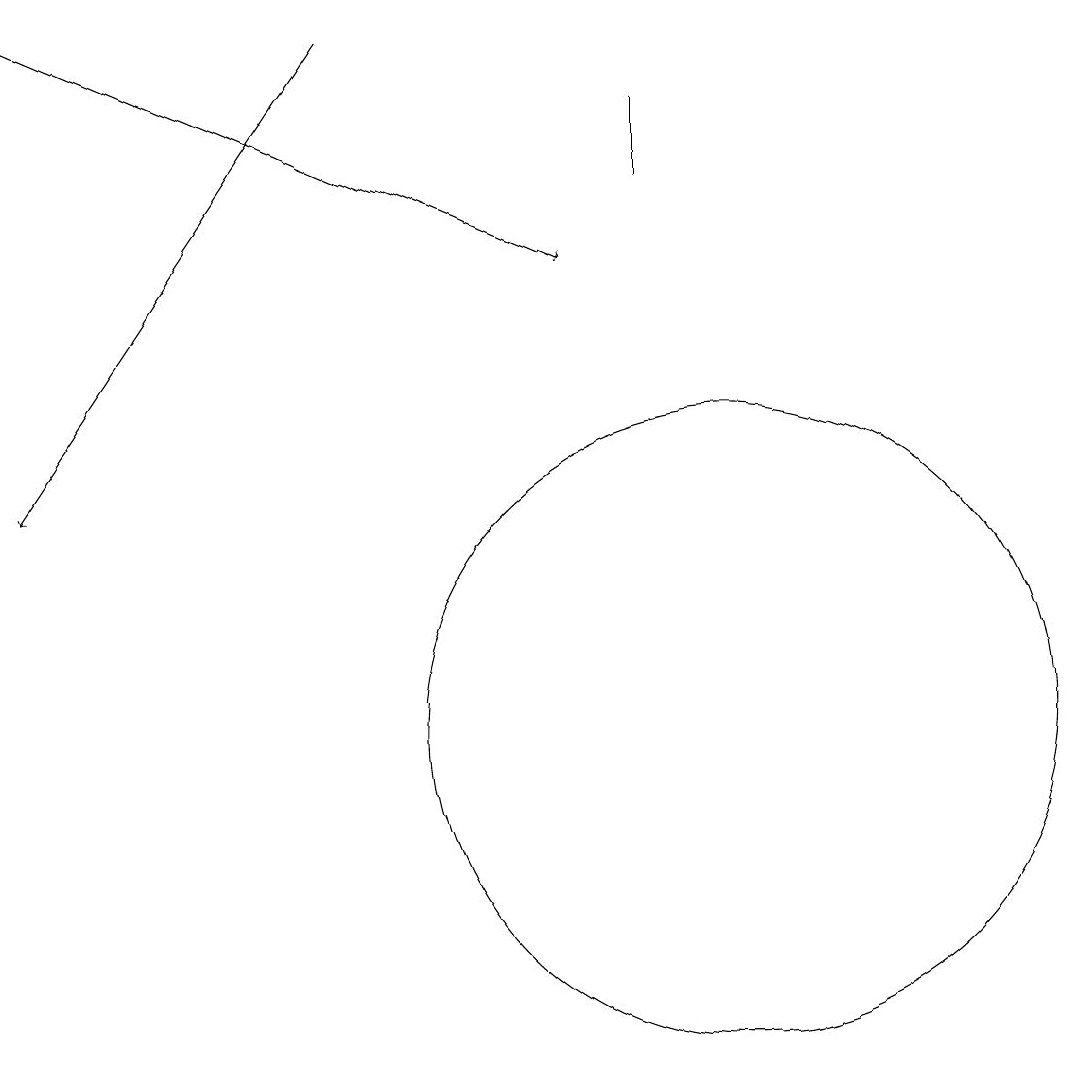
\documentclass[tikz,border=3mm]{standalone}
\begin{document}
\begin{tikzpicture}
\draw[->] (1,19) -- (8,16);
\draw (10,10) circle (4);
\draw (9,17) rectangle (9,18);
\draw (10,12) circle (0);
\draw[->] (5,19) -- (1,13);
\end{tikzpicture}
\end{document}